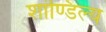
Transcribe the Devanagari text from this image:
शांण्डिल्य